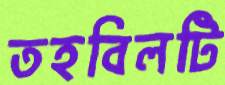
তহবিলটি